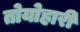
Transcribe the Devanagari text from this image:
तोयोहारी